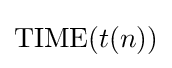
{\text{TIME}}(t(n))